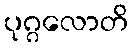
ပုဂ္ဂလောတိ